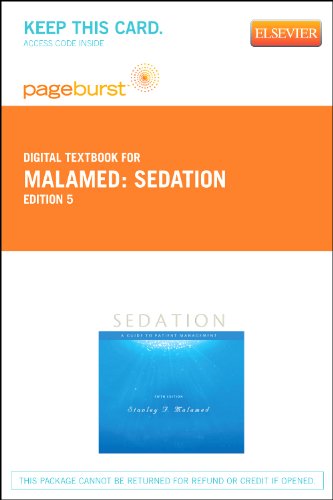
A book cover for Sedation - Pageburst E-Book on VitalSource (Retail Access Card): A Guide to Patient Management, 5e; Stanley F. Malamed DDS; Medical Books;